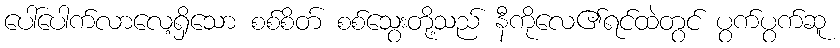
ပေါ်ပေါက်လာလေ့ရှိသော စစ်စိတ် စစ်သွေးတို့သည် နီကိုလေ၏ရင်ထဲတွင် ပွက်ပွက်ဆူ